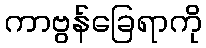
ကာဗွန်ခြေရာကို